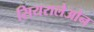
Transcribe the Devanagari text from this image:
सियरालेओन